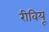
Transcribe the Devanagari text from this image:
रीवियू